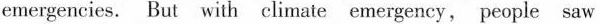
emergencies. climate emergency, people saw